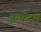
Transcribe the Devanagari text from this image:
इन्फैंट्स